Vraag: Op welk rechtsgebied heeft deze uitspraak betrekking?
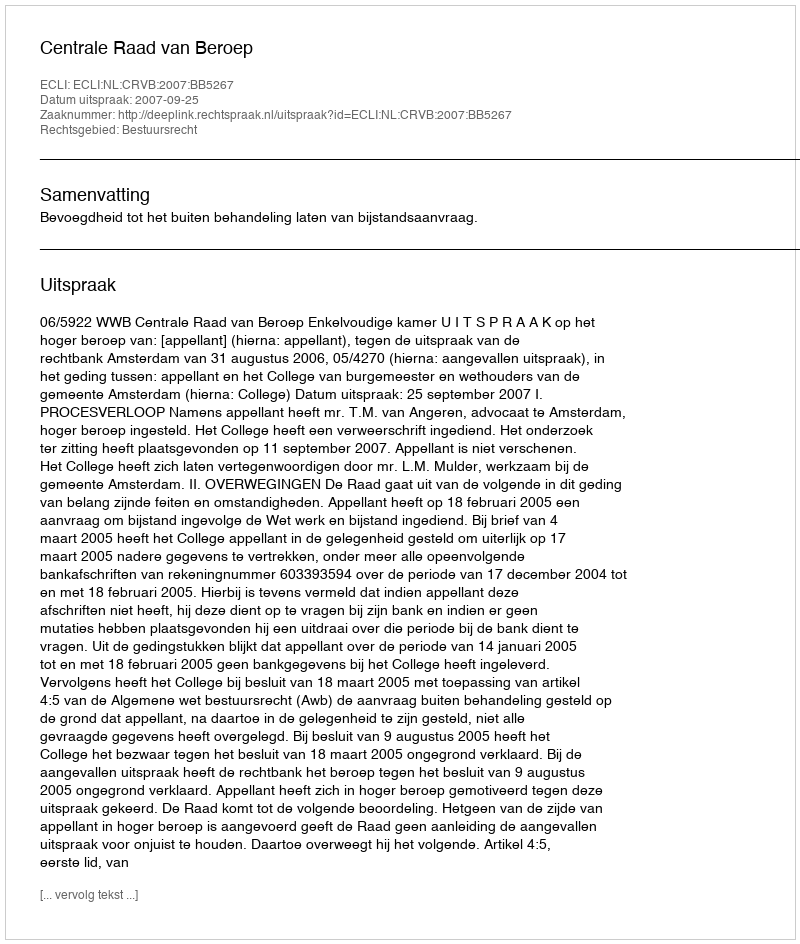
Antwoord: Bestuursrecht